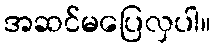
အဆင်မပြေလှပါ။